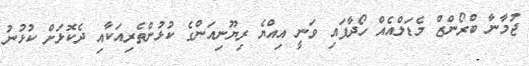
ޖުމާނާ ބްރޯންޒް މެޑަލްއެއް ހޯދާފައި ވަނީ އިއްޔެ ރިޔޫނިއަންގެ ކުޅުންތެރިއަކާއި ދެކޮޅަށް ކުޅުނު